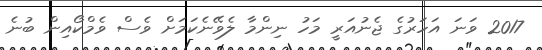
2017 ވަނަ އަހަރުގެ ޖެނުއަރީ މަހު ނިންމާ ލެވޭނެކަމަށް ވެސް ވެމްކޯއިން ބުނެ